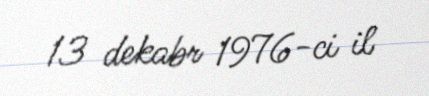
13 dekabr 1976-ci il